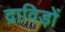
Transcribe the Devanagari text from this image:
द्राविड़ों